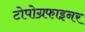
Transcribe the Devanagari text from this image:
टोपोग्रफाइनर